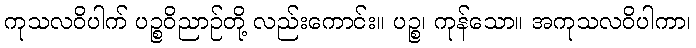
ကုသလဝိပါက် ပဉ္စဝိညာဉ်တို့ လည်းကောင်း။ ပဉ္စ၊ ကုန်သော။ အကုသလဝိပါကာ၊